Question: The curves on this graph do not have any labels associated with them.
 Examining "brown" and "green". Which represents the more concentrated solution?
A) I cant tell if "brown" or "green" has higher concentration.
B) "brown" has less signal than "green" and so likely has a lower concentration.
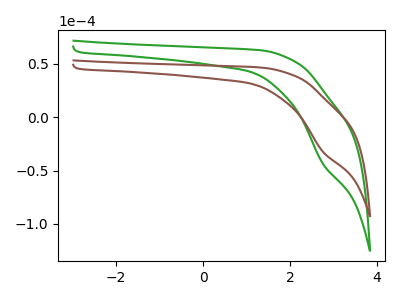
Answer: <think>The green curve "green" has a cathodic peak at: (2.75V, -43.75uA). The brown curve "brown" has a cathodic peak at: (2.75V, -32.45uA).
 All the peaks in "brown" have a peak in "green" at the same potential. Every peak in "brown" is lower than every peak in "green".</think>
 <answer>B) "brown" has less signal than "green" and so likely has a lower concentration.</answer>
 <eval>B</eval>